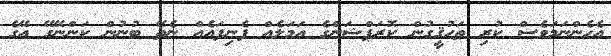
އެހެންނަމަވެސް ކުރި ތަހުޤީގުން ކޮރަޕްޝަންގެ އަމަލެއް ފެނިފައެއް ނެތޭ ބުނުން ކަންނޭގޭ އޭގެ